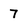
Character: 7